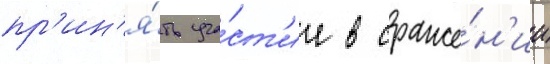
пр'ин'я́ть уча́ст'ие в сраже́н'ии